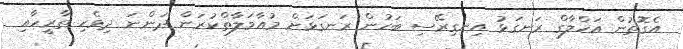
އެގޮތުން އަހްލާގް ރަނގަޅު އިނގިރޭސި ބަހުން ރަނގަޅަށް މުއާމަލާތްކުރަން ދަންނަ ދިވެހި ތާރީހާއި